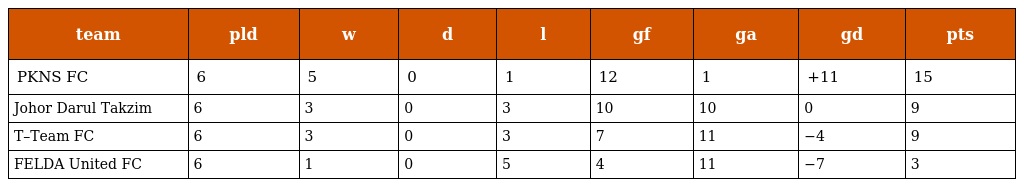
| team | pld | w | d | l | gf | ga | gd | pts |
 | --- | --- | --- | --- | --- | --- | --- | --- | --- |
 | PKNS FC | 6 | 5 | 0 | 1 | 12 | 1 | +11 | 15 |
 | Johor Darul Takzim | 6 | 3 | 0 | 3 | 10 | 10 | 0 | 9 |
 | T–Team FC | 6 | 3 | 0 | 3 | 7 | 11 | −4 | 9 |
 | FELDA United FC | 6 | 1 | 0 | 5 | 4 | 11 | −7 | 3 |